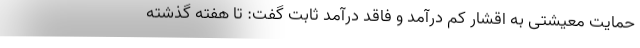
حمایت معیشتی به اقشار کم درآمد و فاقد درآمد ثابت گفت: تا هفته گذشته